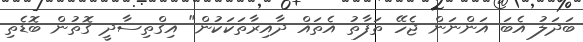
ބަދަލު އެބަ އަންނަން ޖެހޭ ތަފާތު އެތައް ދާއިރާތަކަކުން" އިގްތިސާދީ ގޮތުން ބޮޑެތި